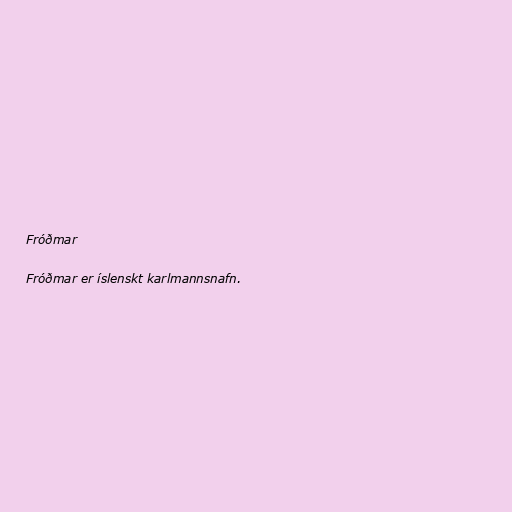
Fróðmar

Fróðmar er íslenskt karlmannsnafn.